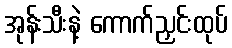
အုန်းသီးနဲ့ ကောက်ညှင်းထုပ်